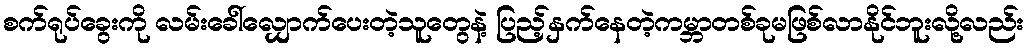
စက်ရုပ်ခွေးကို လမ်းခေါ်လျှောက်ပေးတဲ့သူတွေနဲ့ ပြည့်နှက်နေတဲ့ကမ္ဘာတစ်ခုမဖြစ်လာနိုင်ဘူးလို့လည်း